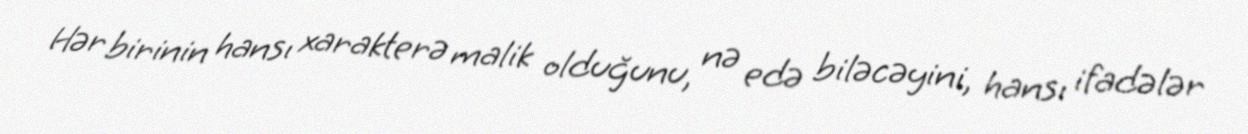
Hər birinin hansı xarakterə malik olduğunu, nə edə biləcəyini, hansı ifadələr